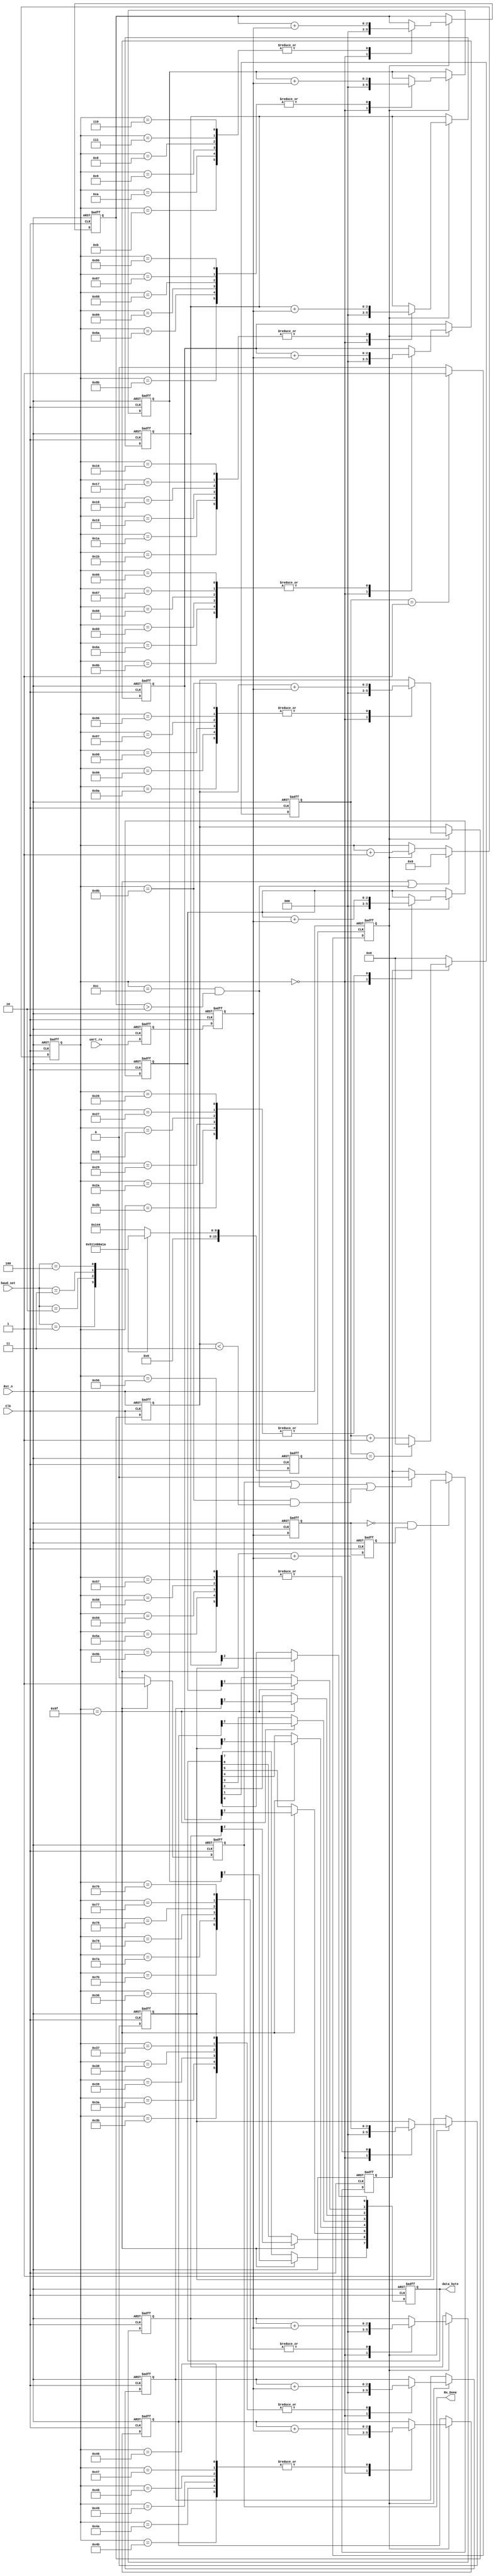
//////////////////////////////////////////////////////////////////////////////////
// Company: 
// Engineer: 
// Web: www.corecourse.cn
// 
// Design Name: uart_rx
// Module Name: uart_byte_rx
// Project Name: uart_rx
// Target Devices: XC7A35T-2FGG484I
// Tool Versions: Vivado 2018.3
// Description: 
// 
// Dependencies: 
// 
// Revision:
// Revision 0.01 - File Created
// Additional Comments:
// 
//////////////////////////////////////////////////////////////////////////////////

module uart_byte_rx(
	Clk,
	Rst_n,

	baud_set,
	uart_rx,

	data_byte,
	Rx_Done
);

	input Clk;    //50M
	input Rst_n;   //

	input [2:0]baud_set;  //
	input uart_rx;   //
	
	output [7:0]data_byte; //1byte
	output Rx_Done;   //1byte
	
	reg [7:0]data_byte;
	reg Rx_Done;
	reg uart_rx_sync1;   //
	reg uart_rx_sync2;   //

	reg uart_rx_reg1;    //
	reg uart_rx_reg2;    //

	reg [15:0]bps_DR;    //	
	reg [15:0]div_cnt;   //
	reg bps_clk;   //	
	reg [7:0] bps_cnt;   //	
	reg uart_state;//

	wire uart_rx_nedge;  

	reg [2:0]START_BIT;
	reg [2:0]STOP_BIT;
	reg [2:0]data_byte_pre [7:0];

	//
	always@(posedge Clk or negedge Rst_n)
	if(!Rst_n)begin
		uart_rx_sync1 <= 1'b0;
		uart_rx_sync2 <= 1'b0;	
	end
	else begin
		uart_rx_sync1 <= uart_rx;
		uart_rx_sync2 <= uart_rx_sync1;	
	end
	
	//
	always@(posedge Clk or negedge Rst_n)
	if(!Rst_n)begin
		uart_rx_reg1 <= 1'b0;
		uart_rx_reg2 <= 1'b0;	
	end
	else begin
		uart_rx_reg1 <= uart_rx_sync2;
		uart_rx_reg2 <= uart_rx_reg1;	
	end
	
  //
	assign uart_rx_nedge = !uart_rx_reg1 & uart_rx_reg2;
	
	always@(posedge Clk or negedge Rst_n)
	if(!Rst_n)
		bps_DR <= 16'd324;
	else begin
		case(baud_set)
			0:bps_DR <= 16'd324;
			1:bps_DR <= 16'd162;
			2:bps_DR <= 16'd80;
			3:bps_DR <= 16'd53;
			4:bps_DR <= 16'd26;
			default:bps_DR <= 16'd324;			
		endcase
	end
	
	//counter
	always@(posedge Clk or negedge Rst_n)
	if(!Rst_n)
		div_cnt <= 16'd0;
	else if(uart_state)begin
		if(div_cnt == bps_DR)
			div_cnt <= 16'd0;
		else
			div_cnt <= div_cnt + 1'b1;
	end
	else
		div_cnt <= 16'd0;
		
	// bps_clk gen
	always@(posedge Clk or negedge Rst_n)
	if(!Rst_n)
		bps_clk <= 1'b0;
	else if(div_cnt == 16'd1)
		bps_clk <= 1'b1;
	else
		bps_clk <= 1'b0;
	
	//bps counter
	always@(posedge Clk or negedge Rst_n)
	if(!Rst_n)	
		bps_cnt <= 8'd0;
	else if(bps_cnt == 8'd159 | (bps_cnt == 8'd12 && (START_BIT > 2)))
		bps_cnt <= 8'd0;
	else if(bps_clk)
		bps_cnt <= bps_cnt + 1'b1;
	else
		bps_cnt <= bps_cnt;

	always@(posedge Clk or negedge Rst_n)
	if(!Rst_n)
		Rx_Done <= 1'b0;
	else if(bps_cnt == 8'd159)
		Rx_Done <= 1'b1;
	else
		Rx_Done <= 1'b0;		
		
	always@(posedge Clk or negedge Rst_n)
	if(!Rst_n)begin
		START_BIT <= 3'd0;
		data_byte_pre[0] <= 3'd0;
		data_byte_pre[1] <= 3'd0;
		data_byte_pre[2] <= 3'd0;
		data_byte_pre[3] <= 3'd0;
		data_byte_pre[4] <= 3'd0;
		data_byte_pre[5] <= 3'd0;
		data_byte_pre[6] <= 3'd0;
		data_byte_pre[7] <= 3'd0;
		STOP_BIT <= 3'd0;
	end
	else if(bps_clk)begin
		case(bps_cnt)
			0:begin
        START_BIT <= 3'd0;
        data_byte_pre[0] <= 3'd0;
        data_byte_pre[1] <= 3'd0;
        data_byte_pre[2] <= 3'd0;
        data_byte_pre[3] <= 3'd0;
        data_byte_pre[4] <= 3'd0;
        data_byte_pre[5] <= 3'd0;
        data_byte_pre[6] <= 3'd0;
        data_byte_pre[7] <= 3'd0;
        STOP_BIT <= 3'd0;			
      end
			6 ,7 ,8 ,9 ,10,11:START_BIT <= START_BIT + uart_rx_sync2;
			22,23,24,25,26,27:data_byte_pre[0] <= data_byte_pre[0] + uart_rx_sync2;
			38,39,40,41,42,43:data_byte_pre[1] <= data_byte_pre[1] + uart_rx_sync2;
			54,55,56,57,58,59:data_byte_pre[2] <= data_byte_pre[2] + uart_rx_sync2;
			70,71,72,73,74,75:data_byte_pre[3] <= data_byte_pre[3] + uart_rx_sync2;
			86,87,88,89,90,91:data_byte_pre[4] <= data_byte_pre[4] + uart_rx_sync2;
			102,103,104,105,106,107:data_byte_pre[5] <= data_byte_pre[5] + uart_rx_sync2;
			118,119,120,121,122,123:data_byte_pre[6] <= data_byte_pre[6] + uart_rx_sync2;
			134,135,136,137,138,139:data_byte_pre[7] <= data_byte_pre[7] + uart_rx_sync2;
			150,151,152,153,154,155:STOP_BIT <= STOP_BIT + uart_rx_sync2;
			default:
      begin
        START_BIT <= START_BIT;
        data_byte_pre[0] <= data_byte_pre[0];
        data_byte_pre[1] <= data_byte_pre[1];
        data_byte_pre[2] <= data_byte_pre[2];
        data_byte_pre[3] <= data_byte_pre[3];
        data_byte_pre[4] <= data_byte_pre[4];
        data_byte_pre[5] <= data_byte_pre[5];
        data_byte_pre[6] <= data_byte_pre[6];
        data_byte_pre[7] <= data_byte_pre[7];
        STOP_BIT <= STOP_BIT;
      end
		endcase
	end

	always@(posedge Clk or negedge Rst_n)
	if(!Rst_n)
		data_byte <= 8'd0;
	else if(bps_cnt == 8'd159)begin
		data_byte[0] <= data_byte_pre[0][2];
		data_byte[1] <= data_byte_pre[1][2];
		data_byte[2] <= data_byte_pre[2][2];
		data_byte[3] <= data_byte_pre[3][2];
		data_byte[4] <= data_byte_pre[4][2];
		data_byte[5] <= data_byte_pre[5][2];
		data_byte[6] <= data_byte_pre[6][2];
		data_byte[7] <= data_byte_pre[7][2];
	end	
	
	always@(posedge Clk or negedge Rst_n)
	if(!Rst_n)
		uart_state <= 1'b0;
	else if(uart_rx_nedge)
		uart_state <= 1'b1;
	else if(Rx_Done || (bps_cnt == 8'd12 && (START_BIT > 2)) || (bps_cnt == 8'd155 && (STOP_BIT < 3)))
		uart_state <= 1'b0;
	else
		uart_state <= uart_state;		

endmodule